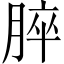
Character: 脺